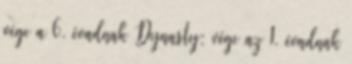
vége a 6. évadnak Dynasty: vége az 1. évadnak